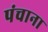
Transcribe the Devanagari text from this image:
पंचाना